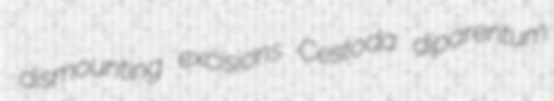
dismounting excisions Cestoda diparentum